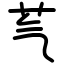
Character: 芞